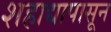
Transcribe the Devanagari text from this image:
शहाद्यापासून